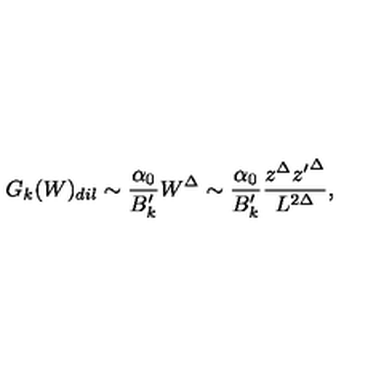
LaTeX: G _ { k } ( W ) _ { d i l } \sim { \frac { \alpha _ { 0 } } { B _ { k } ^ { \prime } } } W ^ { \Delta } \sim { \frac { \alpha _ { 0 } } { B _ { k } ^ { \prime } } } { \frac { z ^ { \Delta } { z ^ { \prime } } ^ { \Delta } } { L ^ { 2 \Delta } } } ,